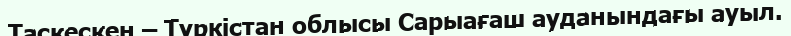
Таскескен – Түркістан облысы Сарыағаш ауданындағы ауыл.